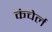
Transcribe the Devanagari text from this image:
कंचेर्ल